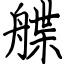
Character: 艓